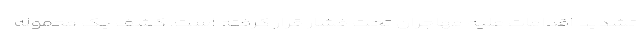
تشدید اقدامات علیه مهاجران تحت فشار قرار گرفته است. کشف یک محموله